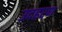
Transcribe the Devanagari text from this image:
उदहरण